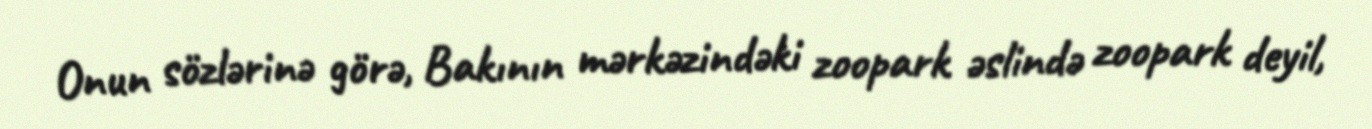
Onun sözlərinə görə, Bakının mərkəzindəki zoopark əslində zoopark deyil,